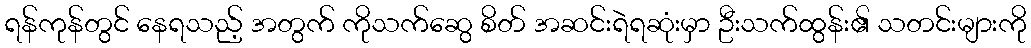
ရန်ကုန်တွင် နေရသည့် အတွက် ကိုသက်ဆွေ စိတ် အဆင်းရဲရဆုံးမှာ ဦးသက်ထွန်း၏ သတင်းများကို